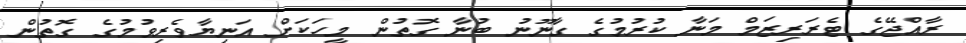
ރާއްޖޭގެ ޓެރަރިޒަމް މަނާ ކުރުމުގެ ގާނޫނު ބުނާ ގޮތުން މީހަކަށް އަނިޔާވެރިވުމުގެ ގޮތުން